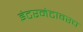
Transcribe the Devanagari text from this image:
इंटरनेटावरच